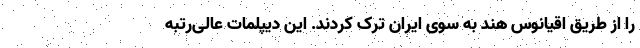
را از طریق اقیانوس هند به سوی ایران ترک کردند. این دیپلمات عالی‌رتبه